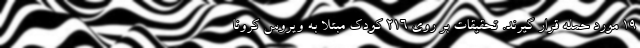
۱۹ مورد حمله قرار گیرند. تحقیقات بر روی ۲۱۶ کودک مبتلا به ویروس کرونا